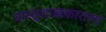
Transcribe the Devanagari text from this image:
वास्तूशास्त्रकाराला